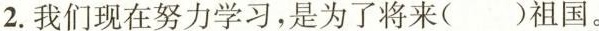
2.我们现在努力学习，是为了将来()祖国。